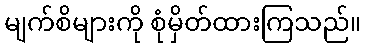
မျက်စိများကို စုံမှိတ်ထားကြသည်။